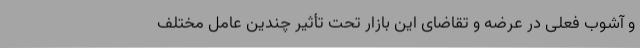
و آشوب فعلی در عرضه و تقاضای این بازار تحت تأثیر چندین عامل مختلف